Report of the Indian Hemp Drugs Commission, 1894-1895 - Volume VII
Year: 1894
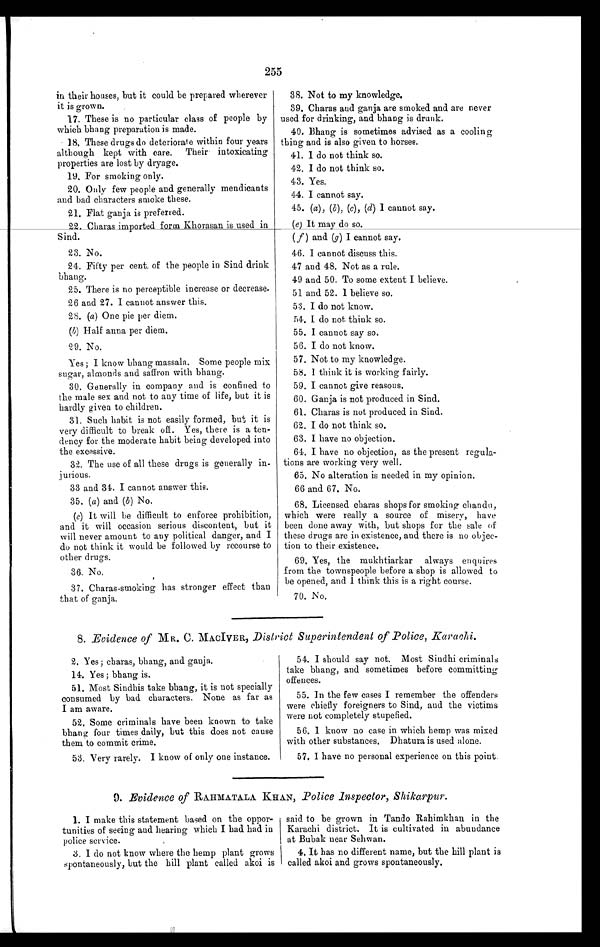
255
in their houses, but it could be prepared wherever
it is grown.
17. These is no particular class of people by
which bhang preparation is made.
18. These drugs do deteriorate within four years
although kept with care. Their intoxicating
properties are lost by dryage.
19. For smoking only.
20. Only few people and generally mendicants
and bad characters smoke these.
21. Flat ganja is preferred.
22. Charas imported form Khorasan is used in
Sind.
23. No.
24. Fifty per cent, of the people in Sind drink
bhang.
25. There is no perceptible increase or decrease.
26 and 27. I cannot answer this.
28. (a ) One pie per diem.
(b) Half anna per diem.
29. No.
Yes ; I know bhang massala. Some people mix
sugar, almonds and saffron with bhang.
30. Generally in company and is confined to
the male sex and not to any time of life, but it is
hardly given to children.
31. Such habit is not easily formed, but it is
very difficult to break off. Yes, there is a ten-
dency for the moderate habit being developed into
the excessive.
32. The use of all these drugs is generally in-
jurious.
33 and 34. I cannot answer this.
35. ( a ) and (b) No.
(c) It will be difficult to enforce prohibition,
and it will occasion serious discontent, but it
will never amount to any political danger, and I
do not think it would be followed by recourse to
other drugs.
36. No.
37. Charas-smoking has stronger effect than
that of ganja.
38. Not to my knowledge.
39. Charas and ganja are smoked and are never
used for drinking, and bhang is drunk.
40.
Bhang is sometimes advised as a cooling
thing and is also given to horses.
41. I do not think so.
42. I do not think so.
43. Yes.
44. I cannot say.
45. (a ), (b), (c) , (d) I cannot say.
( e) It may do so.
( f ) and (g) I cannot say.
46. I cannot discuss this.
47 and 48. Not as a rule.
49 and 50. To some extent I believe.
51 and 52. I believe so.
53. I do not know.
54. I do not think so.
55. I cannot say so.
56. I do not know.
57. Not to my knowledge.
58. I think it is working fairly.
59. I cannot give reasons.
60. Ganja is not produced in Sind.
61. Charas is not produced in Sind.
62. I do not think so.
63. I have no objection.
64. I have no objection, as the present regula-
tions are working very well.
65. No alteration is needed in my opinion.
66 and 67. No.
68. Licensed charas shops for smoking chandu,
which were really a source of misery, have
been done away with, but shops for the sale of
these drugs are in existence, and there is no objec-
tion to their existence.
69. Yes, the mukhtiarkar always enquires
from the townspeople before a shop is allowed to
be opened, and I think this is a right course.
70. No.
8. Evidence of MR. C. MACIVER, District Superintendent of Police, Karachi.
2. Yes; charas, bhang, and ganja.
14. Yes; bhang is.
51. Most Sindbis take bhang, it is not specially
consumed by bad characters. None as far as
I am aware.
52. Some criminals have been known to take
bhang four times daily, but this does not cause
them to commit crime.
53. Very rarely. I know of only one instance.
54. I should say not. Most Siudhi criminals
take bhang, and sometimes before committing
offences.
55. In the few cases I remember the offenders
were chiefly foreigners to Sind, and the victims
were not completely stupefied.
56. I know no case in which hemp was mixed
with other substances. Dhatura is used alone.
57. 1 have no personal experience on this point.
9. Evidence of RAHMATALA KHAN, Police Inspector, Shikarpur.
1. I make this statement based on the oppor-
tunities of seeing and hearing which I had had in
police service.
3. I do not know where the hemp plant grows
spontaneously, but the hill plant called akoi is
said to be grown in Tando Rahimkhan in the
Karachi district. It is cultivated in abundance
at Bubak near Sehwan.
4, It has no different name, but the hill plant is
called akoi and grows spontaneously.